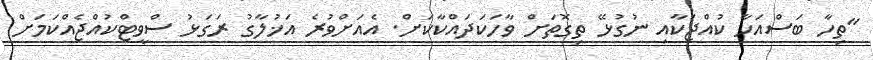
"ތިހާ ބަސްއަހާ ކުއްޖަކާއި ނުގުޅޭ ތިގޮތަށް ވާހަކަދައްކާކަށް. އެއަށްވުރެ އަޚުލާގު ރަގަޅު ސްވީޓްކުއްޖެއްކަމަށް